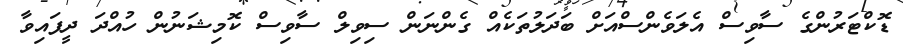
ޑޮކްޓަރުންގެ ސާވިސް އެލަވެންސްއަށް ބަދަލުތަކެއް ގެންނަން ސިވިލް ސާވިސް ކޮމިޝަނުން ހުއްދަ ދީފައިވާ